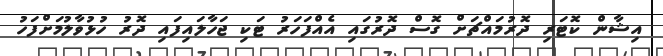
އިޝާން ކޮޓަރި ދޮރުމައްޗަށް ގޮސް ދޮރުގައި އެއްފަހަރު ޓަކި ޖަހާލައިފައި ދޮރު ހުޅުވާލުމަށްފަހު